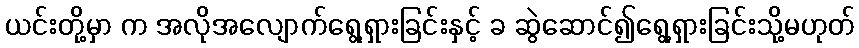
ယင်းတို့မှာ က အလိုအလျောက်ရွေ့ရှားခြင်းနှင့် ခ ဆွဲဆောင်၍ရွေ့ရှားခြင်းသို့မဟုတ်